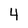
Character: 4